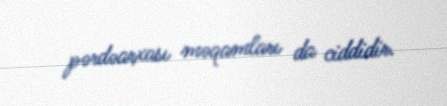
pərdəarxası məqamları da ciddidir.